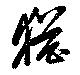
猶